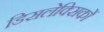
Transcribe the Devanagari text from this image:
डिसलेक्सिकों